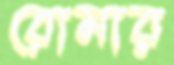
রোমার